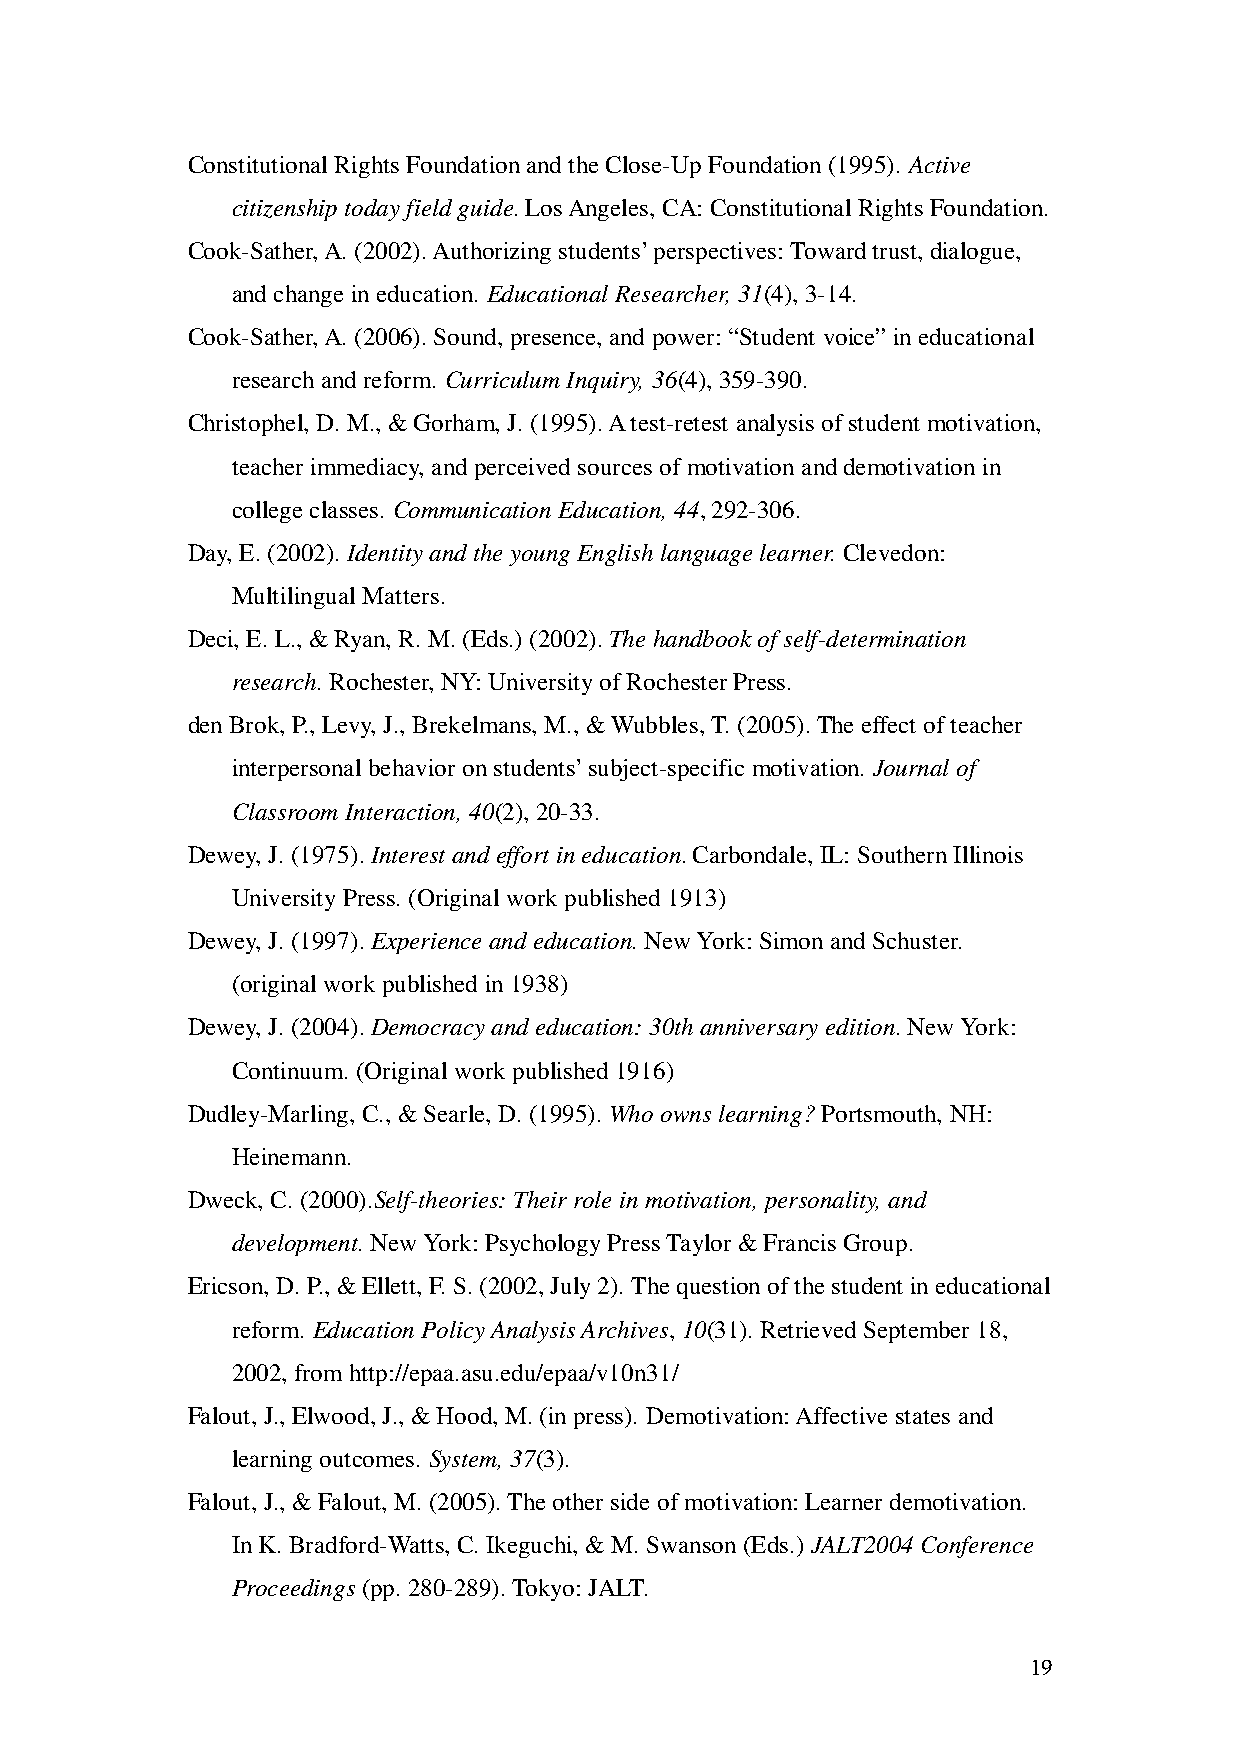
Constitutional Rights Foundation and the Close-Up Foundation (1995). Active
 citizenship today field guide. Los Angeles, CA: Constitutional Rights Foundation.
 Cook-Sather, A. (2002). Authorizing students’ perspectives: Toward trust, dialogue,
 and change in education. Educational Researcher, 31(4), 3-14.
 Cook-Sather, A. (2006). Sound, presence, and power: “Student voice” in educational
 research and reform. Curriculum Inquiry, 36(4), 359-390.
 Christophel, D. M., & Gorham, J. (1995). A test-retest analysis of student motivation,
 teacher immediacy, and perceived sources of motivation and demotivation in
 college classes. Communication Education, 44, 292-306.
 Day, E. (2002). Identity and the young English language learner. Clevedon:
 Multilingual Matters.
 Deci, E. L., & Ryan, R. M. (Eds.) (2002). The handbook of self-determination
 research. Rochester, NY: University of Rochester Press.
 den Brok, P., Levy, J., Brekelmans, M., & Wubbles, T. (2005). The effect of teacher
 interpersonal behavior on students’ subject-specific motivation. Journal of
 Classroom Interaction, 40(2), 20-33.
 Dewey, J. (1975). Interest and effort in education. Carbondale, IL: Southern Illinois
 University Press. (Original work published 1913)
 Dewey, J. (1997). Experience and education. New York: Simon and Schuster.
 (original work published in 1938)
 Dewey, J. (2004). Democracy and education: 30th anniversary edition. New York:
 Continuum. (Original work published 1916)
 Dudley-Marling, C., & Searle, D. (1995). Who owns learning? Portsmouth, NH:
 Heinemann.
 Dweck, C. (2000).Self-theories: Their role in motivation, personality, and
 development. New York: Psychology Press Taylor & Francis Group.
 Ericson, D. P., & Ellett, F. S. (2002, July 2). The question of the student in educational
 reform. Education Policy Analysis Archives, 10(31). Retrieved September 18,
 2002, from http://epaa.asu.edu/epaa/v10n31/
 Falout, J., Elwood, J., & Hood, M. (in press). Demotivation: Affective states and
 learning outcomes. System, 37(3).
 Falout, J., & Falout, M. (2005). The other side of motivation: Learner demotivation.
 In K. Bradford-Watts, C. Ikeguchi, & M. Swanson (Eds.) JALT2004 Conference
 Proceedings (pp. 280-289). Tokyo: JALT.
 19